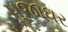
પૂજાઘર